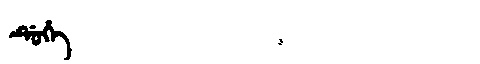
Manchu: ᡩᡠᡥᡝ
Romanization: DUHE